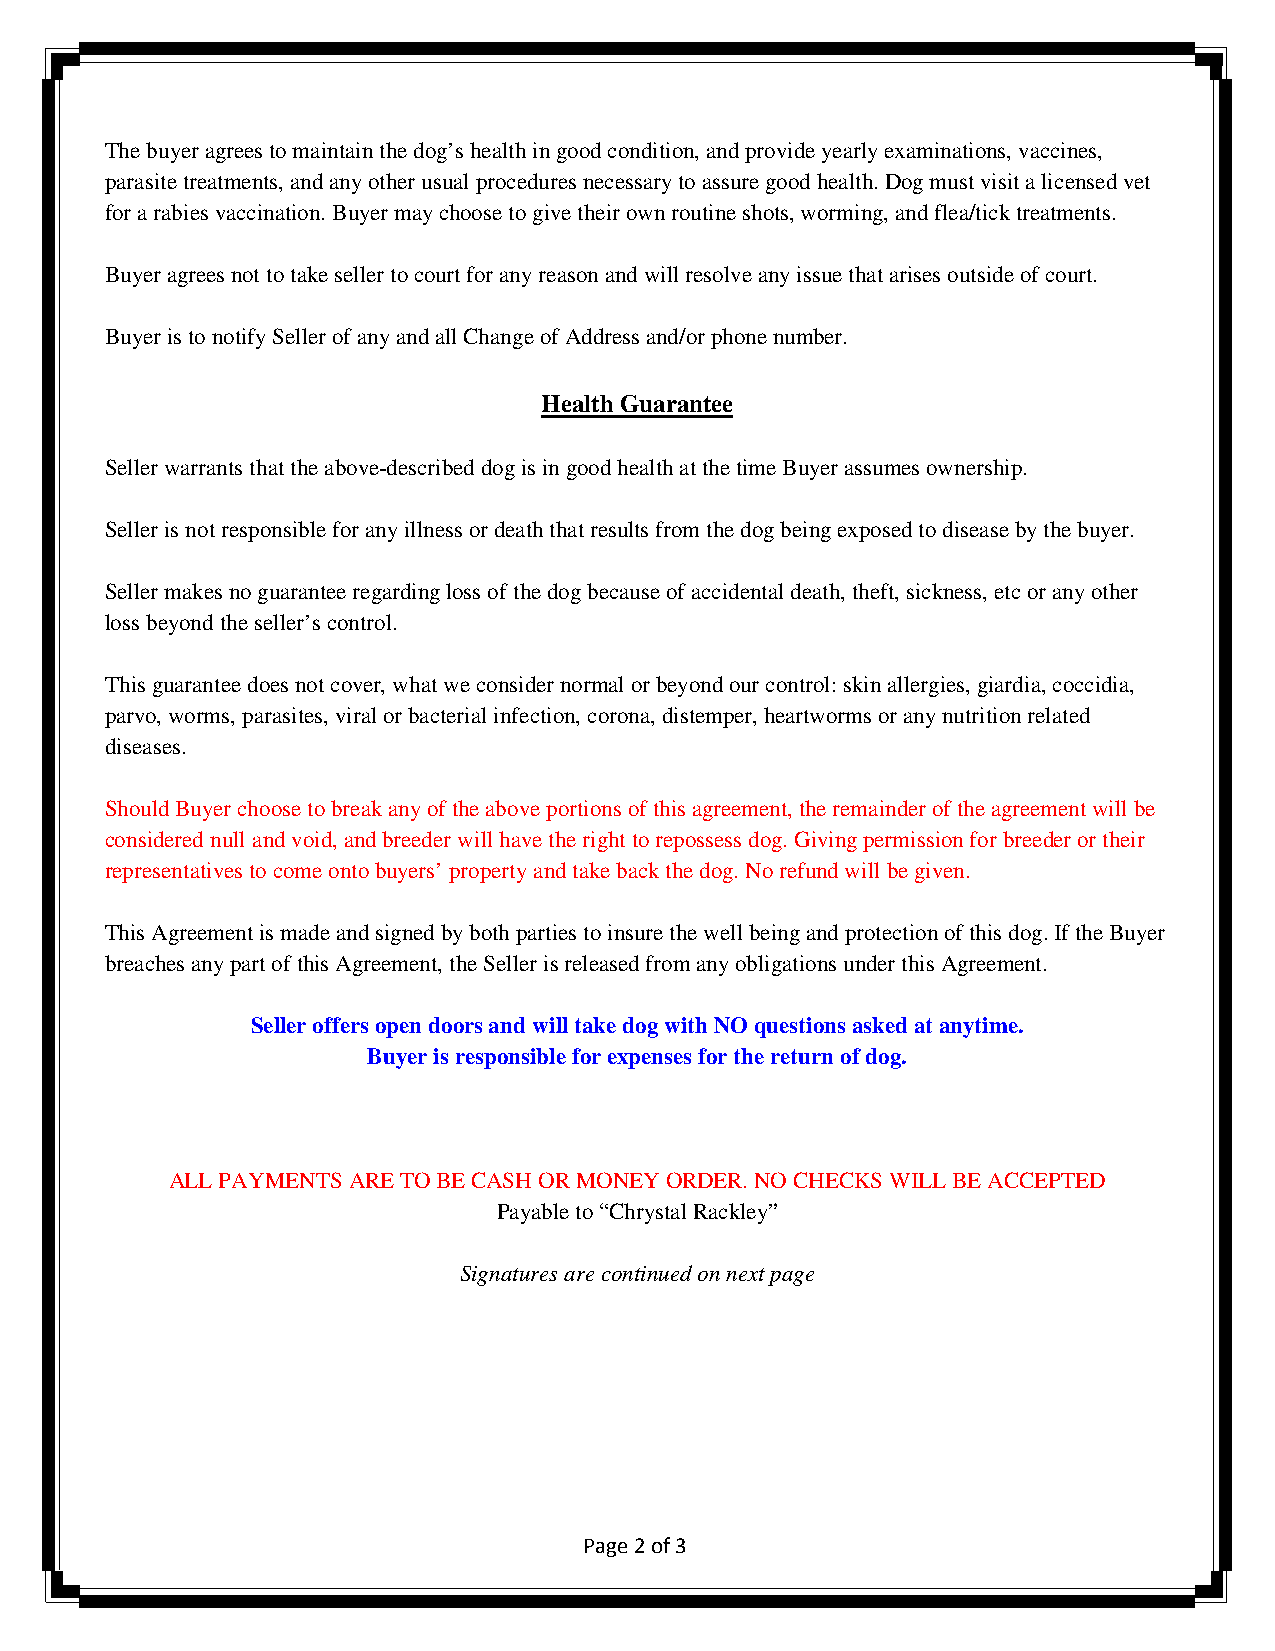
The buyer agrees to maintain the dog’s health in good condition, and provide yearly examinations, vaccines,
 parasite treatments, and any other usual procedures necessary to assure good health. Dog must visit a licensed vet
 for a rabies vaccination. Buyer may choose to give their own routine shots, worming, and flea/tick treatments.
 Buyer agrees not to take seller to court for any reason and will resolve any issue that arises outside of court.
 Buyer is to notify Seller of any and all Change of Address and/or phone number.
 Health Guarantee
 Seller warrants that the above-described dog is in good health at the time Buyer assumes ownership.
 Seller is not responsible for any illness or death that results from the dog being exposed to disease by the buyer.
 Seller makes no guarantee regarding loss of the dog because of accidental death, theft, sickness, etc or any other
 loss beyond the seller’s control.
 This guarantee does not cover, what we consider normal or beyond our control: skin allergies, giardia, coccidia,
 parvo, worms, parasites, viral or bacterial infection, corona, distemper, heartworms or any nutrition related
 diseases.
 Should Buyer choose to break any of the above portions of this agreement, the remainder of the agreement will be
 considered null and void, and breeder will have the right to repossess dog. Giving permission for breeder or their
 representatives to come onto buyers’ property and take back the dog. No refund will be given.
 This Agreement is made and signed by both parties to insure the well being and protection of this dog. If the Buyer
 breaches any part of this Agreement, the Seller is released from any obligations under this Agreement.
 Seller offers open doors and will take dog with NO questions asked at anytime.
 Buyer is responsible for expenses for the return of dog.
 ALL PAYMENTS ARE TO BE CASH OR MONEY ORDER. NO CHECKS WILL BE ACCEPTED
 Payable to “Chrystal Rackley”
 Signatures are continued on next page
 Page 2 of 3